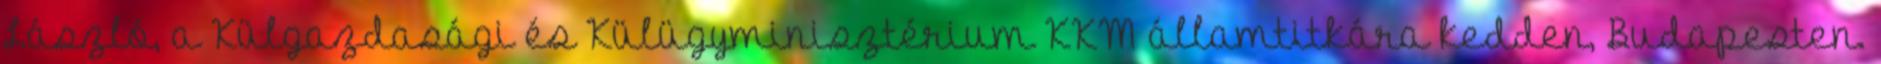
László, a Külgazdasági és Külügyminisztérium KKM államtitkára kedden, Budapesten.